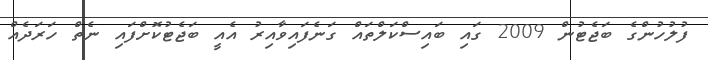
ފުލުހުންގެ ބަޖެޓުން 2009 ގައި ބައިސްކަލްތައް ގަނެފައިވާއިރު އެއީ ބަޖެޓުކޮށްފައި ނެތް ހަރަދެއް